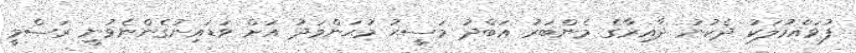
ފުވައްމުލަކު ދެކުނު ދާއިރާގެ މެންބަރު ޢަބްދު މަސީޙު މުޙަންމަދު އަށް ވަޑައިނުގެންނެވުނީ ރަސްމީ